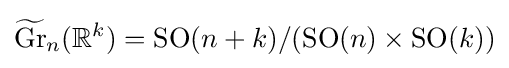
{\widetilde {\operatorname {Gr} }}_{n}(\mathbb {R} ^{k})=\operatorname {SO} (n+k)/(\operatorname {SO} (n)\times \operatorname {SO} (k))